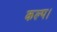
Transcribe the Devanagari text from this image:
कल्प।